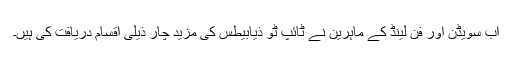
اب سویڈن اور فِن لینڈ کے ماہرین نے ٹائپ ٹو ذیابیطس کی مزید چار ذیلی اقسام دریافت کی ہیں۔